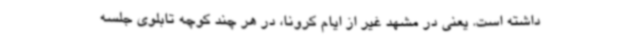
داشته است. یعنی در مشهد غیر از ایام کرونا، در هر چند کوچه تابلوی جلسه